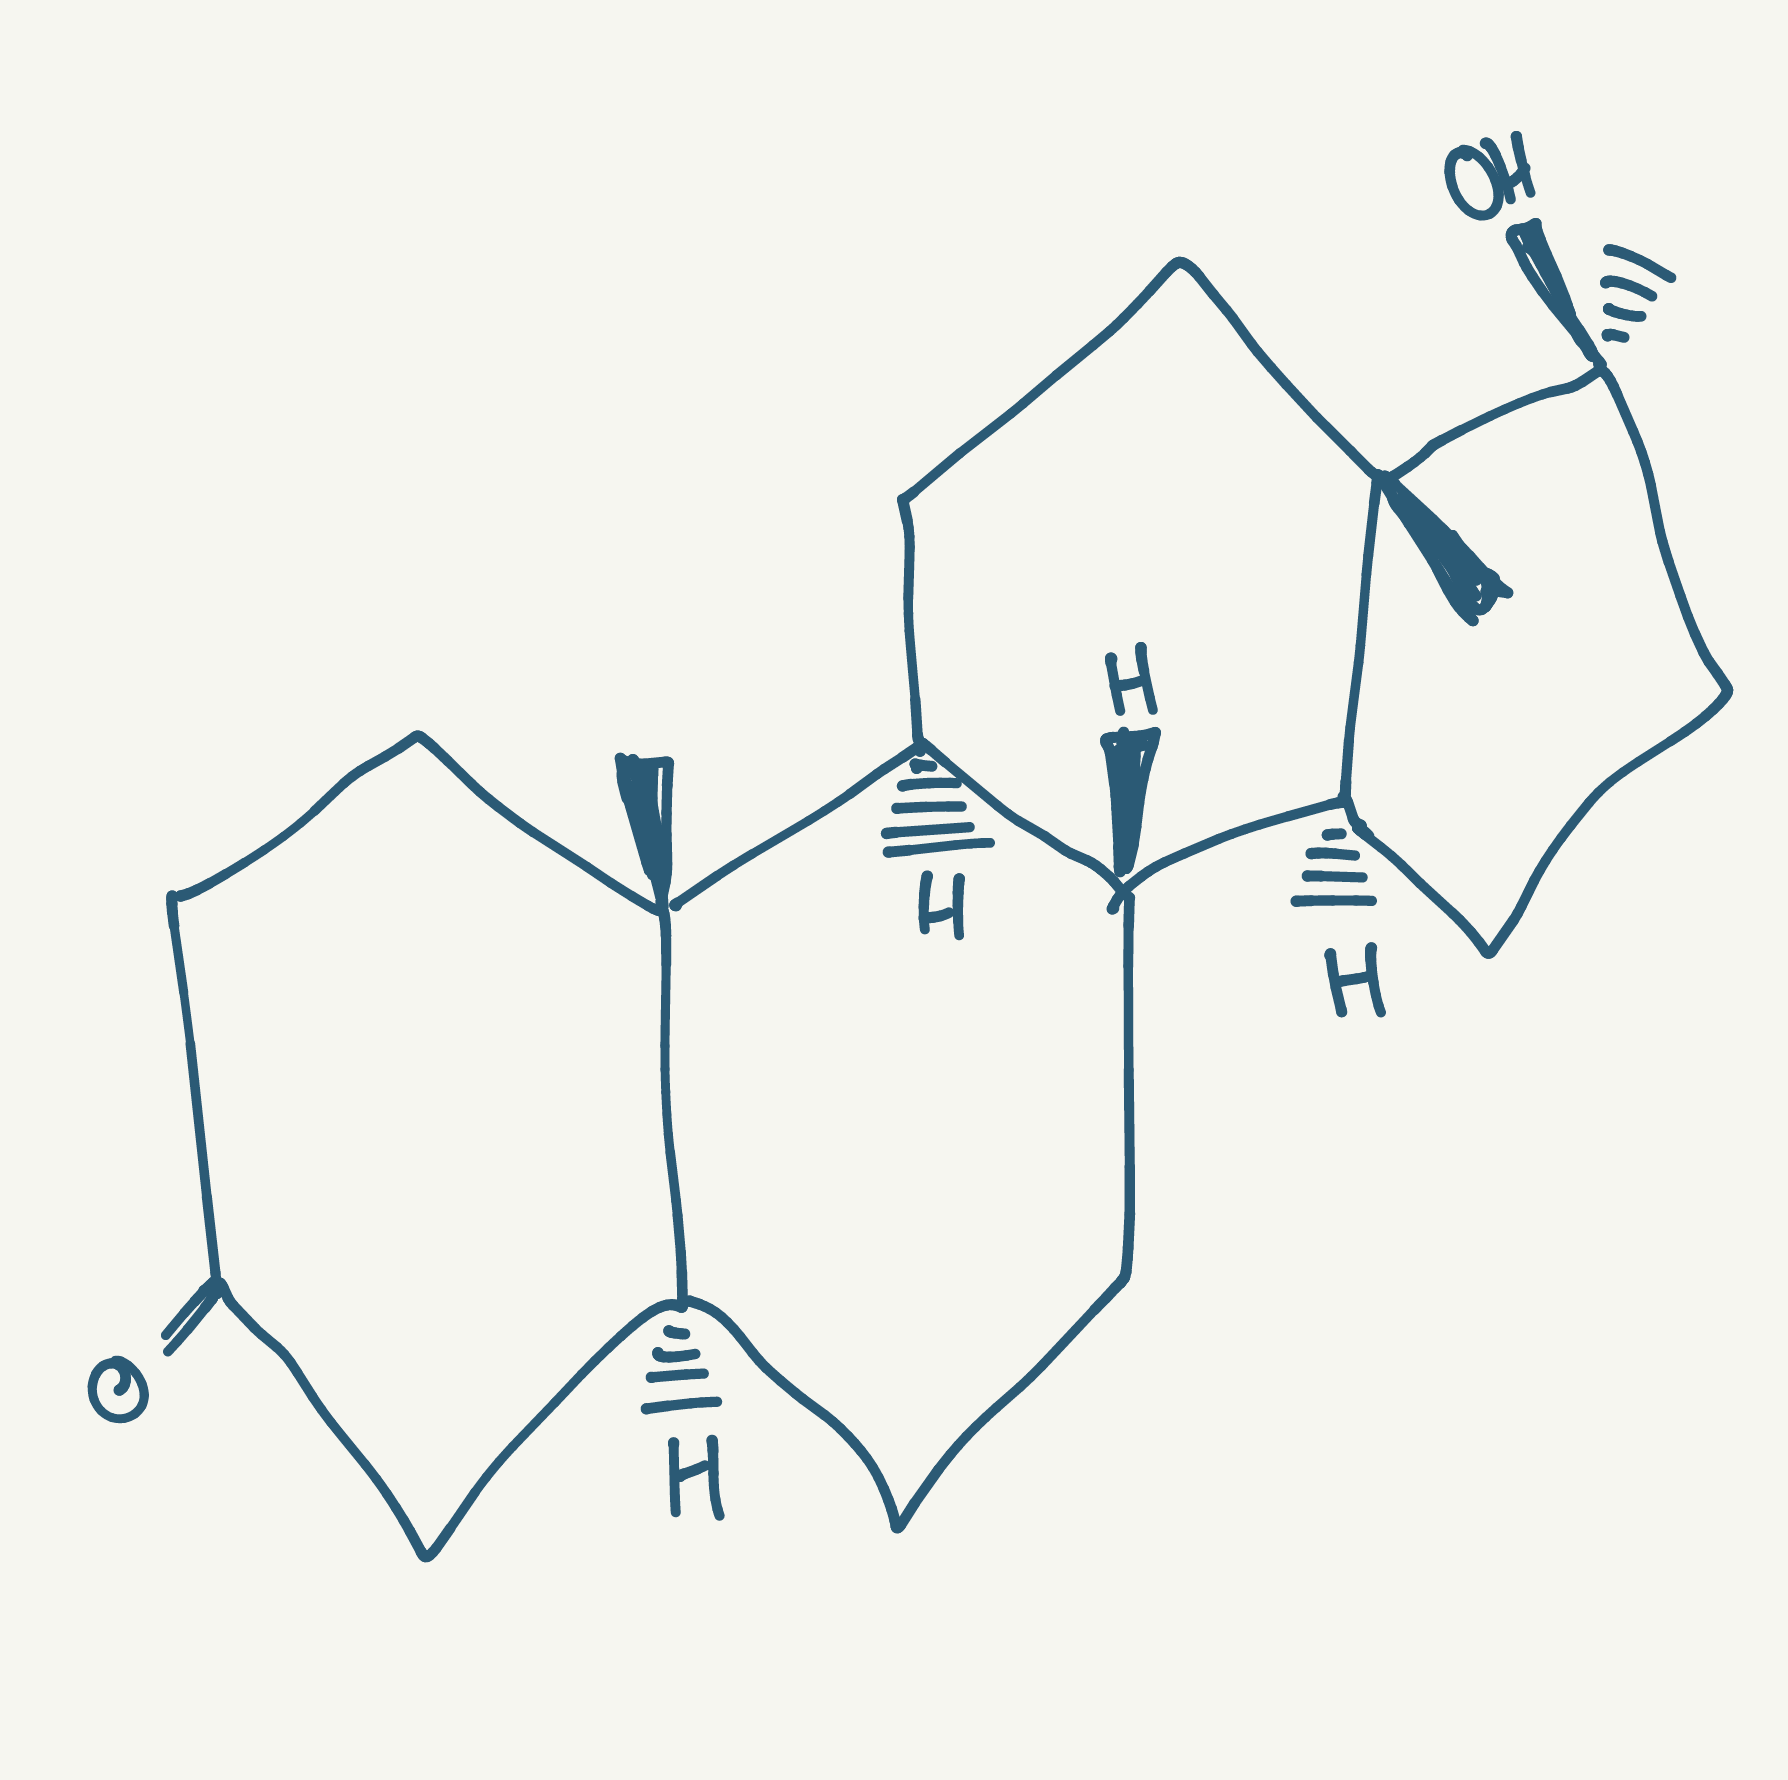
Simplified molecular-input line-entry system (SMILES) notation of the given molecule:
C[C@]12CCC(=O)C[C@@H]1CC[C@@H]3[C@@H]2CC[C@]4([C@H]3CC[C@]4(C)O)C